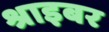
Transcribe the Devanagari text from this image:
श्राइबर